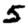
Digit: 5